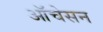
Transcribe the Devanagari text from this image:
ऑचेसन